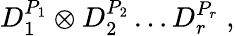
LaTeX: D_{1}^{P_{1}}\otimes D_{2}^{P_{2}}\ldots D_{r}^{P_{r}}\; ,